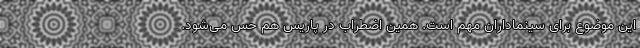
این موضوع برای سینماداران مهم است. همین اضطراب در پاریس هم حس می‌شود.